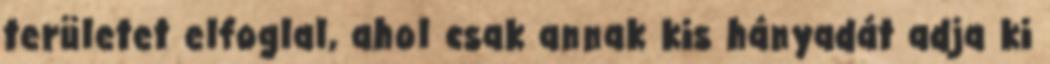
területet elfoglal, ahol csak annak kis hányadát adja ki